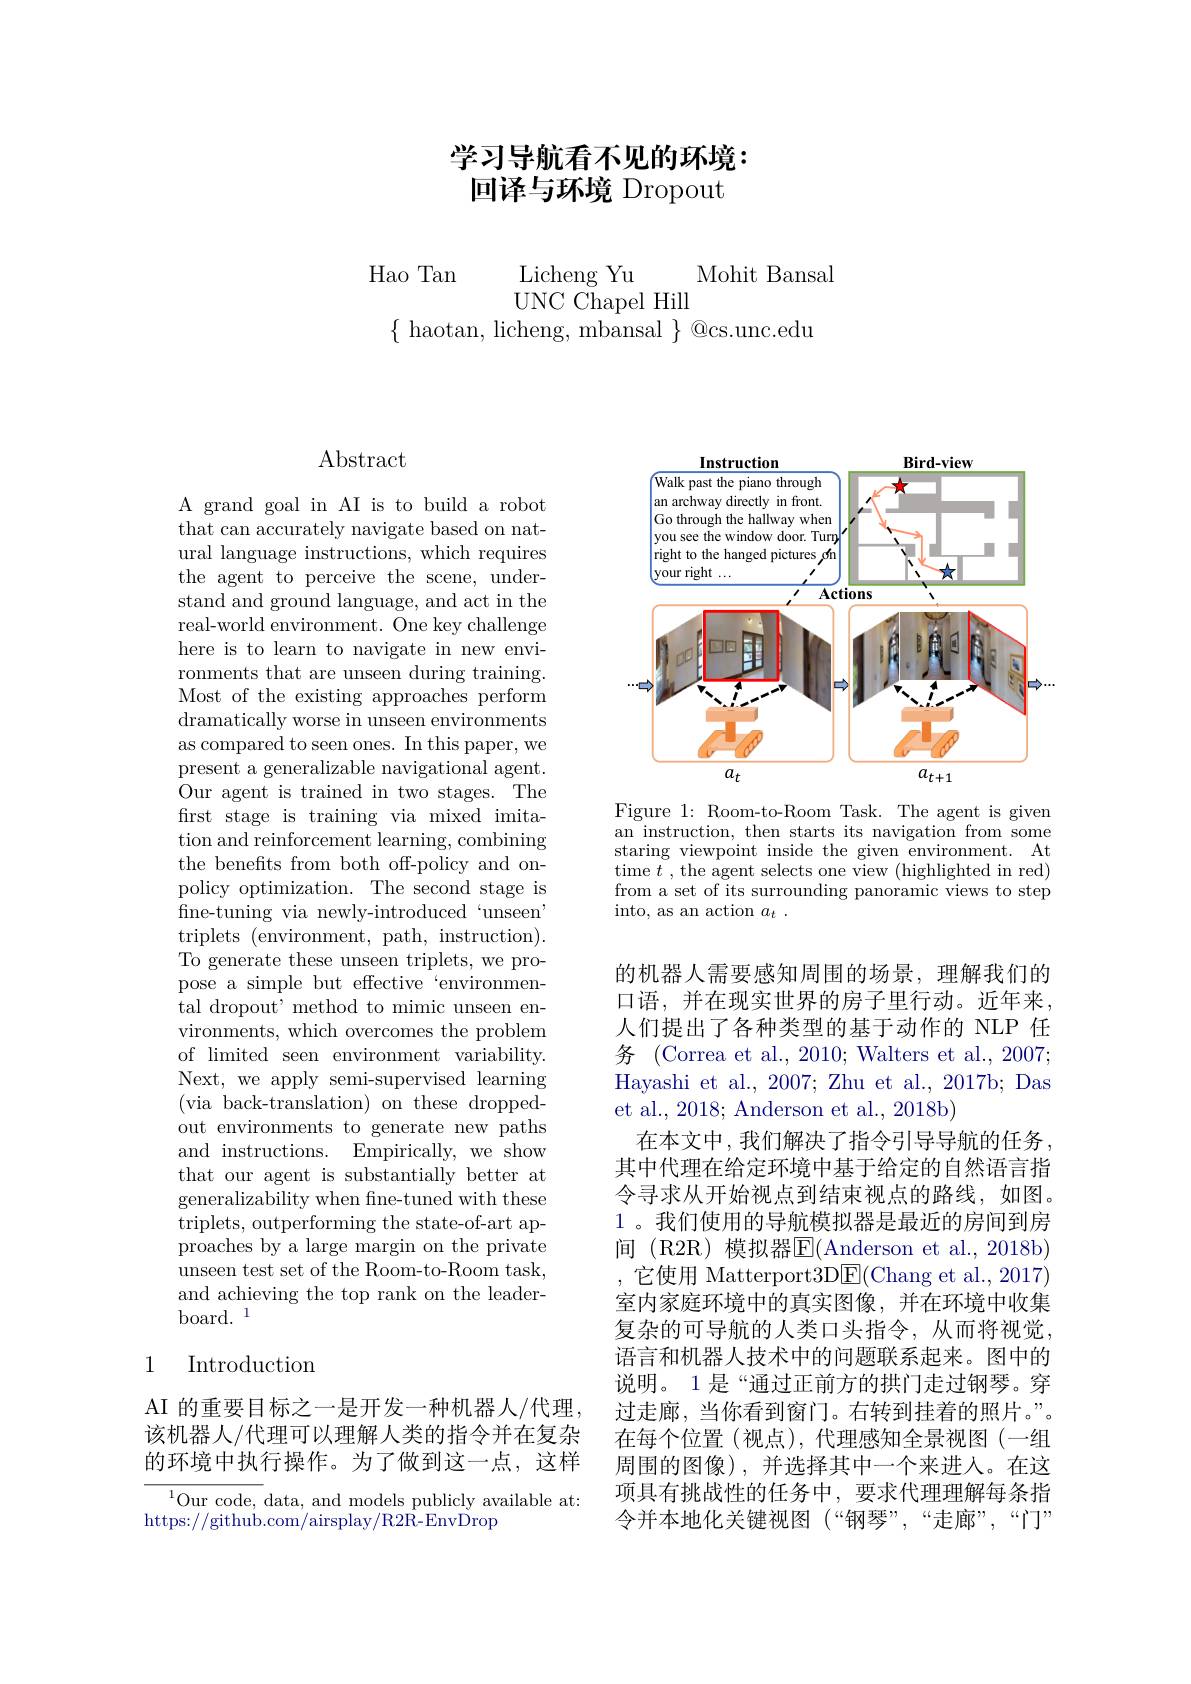
# 学习导航看不见的环境： 回译与环境 Dropout

$\begin{array}{cc}\mathrm{Hao~Tan}&&\mathrm{Licheng~Yu}\\&\mathrm{UNC~Chapel~Hill}\end{array}$Mohit Bansal
$\{$ haotan, licheng, mbansal $\}$ @cs.unc.edu

## $\operatorname{Abstract}$

A grand goal in AI is to build a robot that can accurately navigate based on natural language instructions, which requires the agent to perceive the scene, understand and ground language, and act in the real-world environment. One key challenge here is to learn to navigate in new environments that are unseen during training. Most of the existing approaches perform dramatically worse in unseen environments as compared to seen ones. In this paper, we present a generalizable navigational agent. $\bar{\mathrm{Our~agent~is~trained~in~two~stages.~The}}$ first stage is training via mixed imitation and reinforcement learning, combining the benefits from both off-policy and onpolicy optimization. The second stage is fine-tuning via newly-introduced `unseen' triplets (environment, path, instruction). To generate these unseen triplets, we propose a simple but effective‘environmental dropout' method to mimic unseen environments, which overcomes the problem of limited seen environment variability. Next, we apply semi-supervised learning (via back-translation) on these droppedout environments to generate new paths and instructions. Empirically, we show that our agent is substantially better at generalizability when fne-tuned with these triplets, outperforming the state-of-art approaches by a large margin on the private unseen test set of the Room-to-Room task, and achieving the top rank on the leader- $\mathrm{board.}^{1}$

## 1 Introduction

AI 的重要目标之一是开发一种机器人/代理， 该机器人/代理可以理解人类的指令并在复杂的环境中执行操作。为了做到这一点，这样

$^{1}$Our code, data, and models publicly available at:
https://github.com/airsplay/R2$\hat{\mathrm{R-EnvDrop}}$

<FigureHere>

Figure 1: Room-to-Room Task. The agent is given an instruction, then starts its navigation from some staring viewpoint inside the given environment. At time $t$ , the agent selects one view (highlighted in red) from a set of its surrounding panoramic views to step into, as an action $a_t.$

的机器人需要感知周围的场景，理解我们的口语，并在现实世界的房子里行动。近年来， 人们提出了各种类型的基于动作的 NLP 任务 (Correa et al., 2010; Walters et al., 2007; Hayashi et al., 2007; Zhu et al., 2017b; Das et al., 2018; Anderson et al., 2018b)
在本文中，我们解决了指令引导导航的任务， 其中代理在给定环境中基于给定的自然语言指令寻求从开始视点到结束视点的路线，如图。1 。我们使用的导航模拟器是最近的房间到房间 (R2R) 模拟器E$( Anderson et al. , 2018b)$ ,它使用 Matterport3D$\boxed{\mathrm{E}}($Chang et al.,2017) 室内家庭环境中的真实图像，并在环境中收集复杂的可导航的人类口头指令，从而将视觉， 语言和机器人技术中的问题联系起来。图中的说明。1 是“通过正前方的拱门走过钢琴。穿过走廊，当你看到窗门。右转到挂着的照片。”。在每个位置(视点),代理感知全景视图(一组周围的图像),并选择其中一个来进入。在这项具有挑战性的任务中，要求代理理解每条指令并本地化关键视图(“钢琴”,“走廊”,“门”